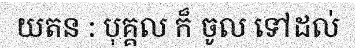
យតន : បុគ្គល ក៏ ចូល ទៅដល់